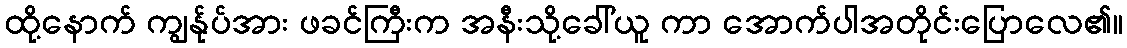
ထို့နောက် ကျွန်ုပ်အား ဖခင်ကြီးက အနီးသို့ခေါ်ယူ ကာ အောက်ပါအတိုင်းပြောလေ၏။